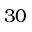
3 0